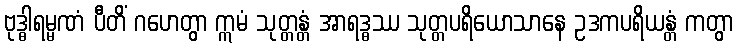
ဗုဒ္ဓါရမ္မဏံ ပီတိံ ဂဟေတွာ ဣမံ သုတ္တန္တံ အာရဒ္ဓဿ သုတ္တပရိယောသာနေ ဥဒကပရိယန္တံ ကတွာ